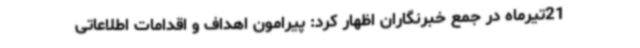
21تیرماه در جمع خبرنگاران اظهار کرد: پیرامون اهداف و اقدامات اطلاعاتی